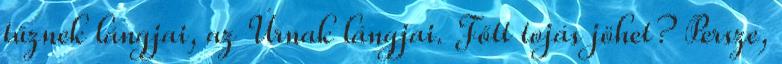
tűznek lángjai, az Úrnak lángjai. Főtt tojás jöhet? Persze,